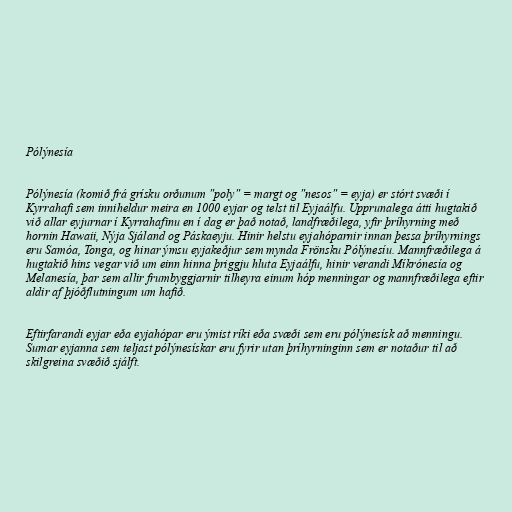
Pólýnesía

Pólýnesía (komið frá grísku orðunum "poly" = margt og "nesos" = eyja) er stórt svæði í
Kyrrahafi sem inniheldur meira en 1000 eyjar og telst til Eyjaálfu. Upprunalega átti hugtakið
við allar eyjurnar í Kyrrahafinu en í dag er það notað, landfræðilega, yfir þríhyrning með
hornin Hawaii, Nýja Sjáland og Páskaeyju. Hinir helstu eyjahóparnir innan þessa þríhyrnings
eru Samóa, Tonga, og hinar ýmsu eyjakeðjur sem mynda Frönsku Pólýnesíu. Mannfræðilega á
hugtakið hins vegar við um einn hinna þriggju hluta Eyjaálfu, hinir verandi Míkrónesía og
Melanesía, þar sem allir frumbyggjarnir tilheyra einum hóp menningar og mannfræðilega eftir
aldir af þjóðflutningum um hafið.

Eftirfarandi eyjar eða eyjahópar eru ýmist ríki eða svæði sem eru pólýnesísk að menningu.
Sumar eyjanna sem teljast pólýnesískar eru fyrir utan þríhyrninginn sem er notaður til að
skilgreina svæðið sjálft.